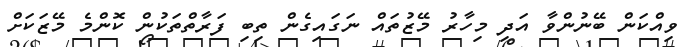
ވިއްކަން ބޭނުންވާ އަދި މިހާރު މޭޒުތައް ނަގައިގެން ތިބި ފަރާތްތަކުން ކޮންމެ މޭޒަކަށް